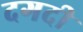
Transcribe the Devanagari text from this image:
दगदी